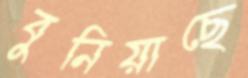
বুনিয়াছে